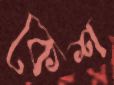
কেশ